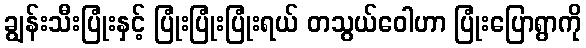
ချွန်းသီးပြုံးနှင့် ပြုံးပြုံးပြုံးရယ် တသွယ်ဝေါဟာ ပြုံးပြောရွာကို